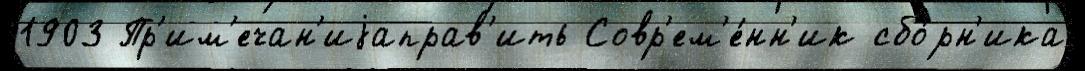
1903 Пр'им'ечан'иjаправ'ить Совр'ем'е́нн'ик сбо́рн'ика